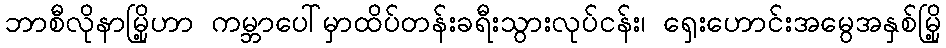
ဘာစီလိုနာမြို့ဟာ ကမ္ဘာပေါ်မှာထိပ်တန်းခရီးသွားလုပ်ငန်း၊ ရှေးဟောင်းအမွေအနှစ်မြို့